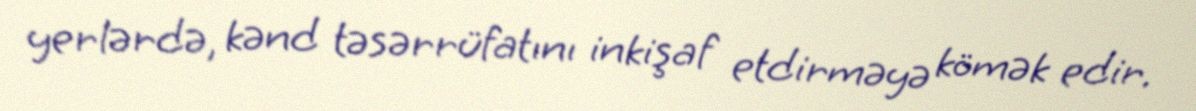
yerlərdə, kənd təsərrüfatını inkişaf etdirməyə kömək edir.